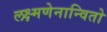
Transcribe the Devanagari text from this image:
लक्ष्मणेनान्वितो